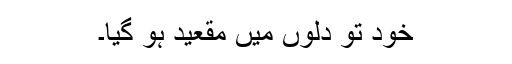
خود تو دلوں میں مقعید ہو گیا۔